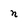
Character: n